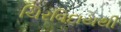
ચિરવિદાયથી